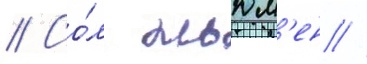
// Со́л ньюм'ен //